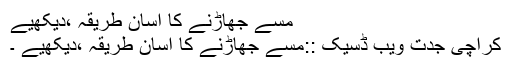
مسے جھاڑنے کا آسان طریقہ ،دیکھیے
کراچی جدت ویب ڈسیک ::مسے جھاڑنے کا آسان طریقہ ،دیکھیے ۔